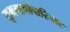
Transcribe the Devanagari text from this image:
सुभगार्चापारिजात